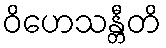
ဝိဟေသန္တီတိ